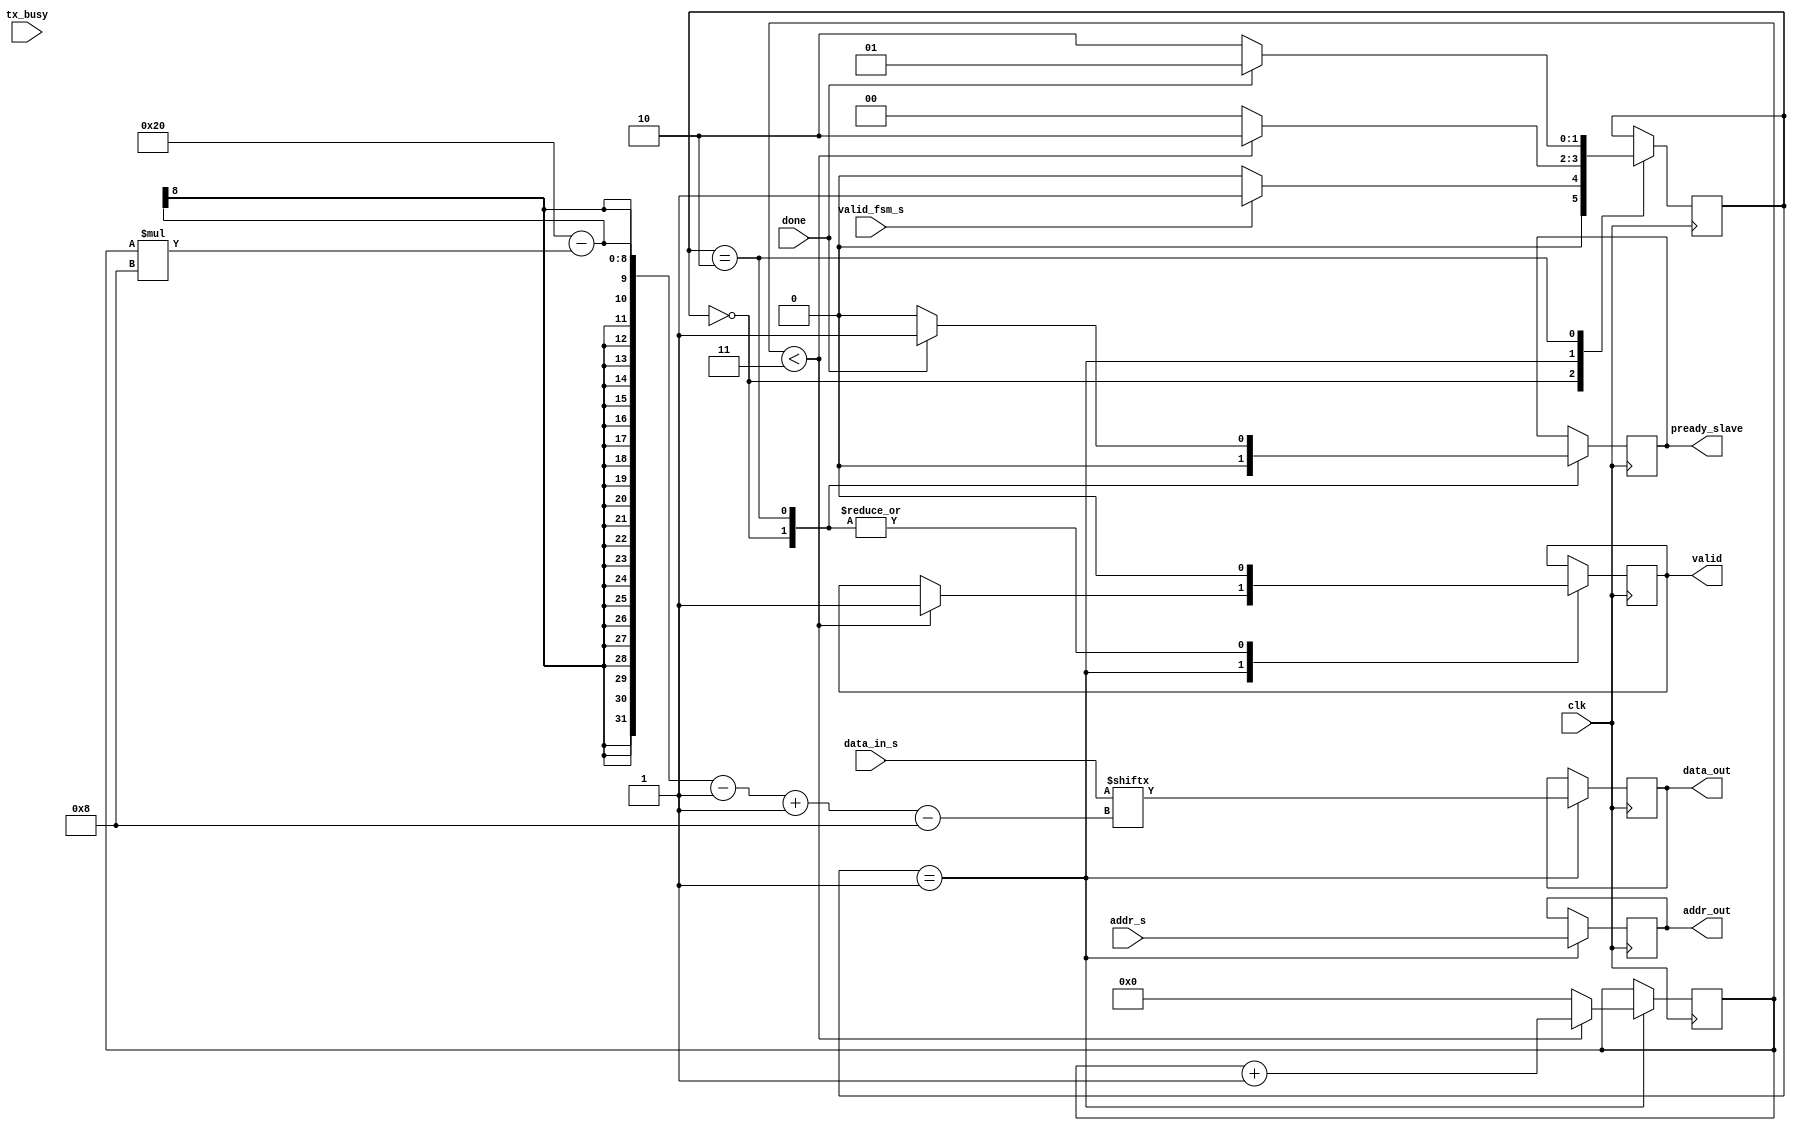

module connection_slave2_transmitter(
  input [31:0] data_in_s,
  input clk,
  input valid_fsm_s,
  input done,
  input tx_busy,
  input [31:0] addr_s,
  output reg valid = 0,
  output reg [7:0] data_out = 0,
  output reg pready_slave = 0,
  output reg [31:0] addr_out = 0
    );
   reg [3:0] counter = 0;
   
   reg [1:0] state = 0;
   
   reg r_check_last = 0;
   
    always @(posedge clk) begin
      case(state)
        //  0: begin
        //     valid <= 1'b0;
        //     //data_out <= 8'd0;
        //     pready_slave <= 1'b0;
        //     if (valid_fsm_s) begin
        //       valid <= 1'b1;
        //       addr_out <= addr_s;
        //       if(counter < 3)begin
        //         data_out <= data_in_s[32-(counter*8)-1 -:8];
        //         counter <= counter+1;
        //         state <= 0;
        //       end else begin
        //         data_out <= data_in_s[32-(counter*8)-1 -:8];
        //         r_check_last <= 1'b1;
        //         counter <= 0;
        //         state <= 1;
        //       end 
        //     end 
        //  end
        //  1: begin
        //     valid <= 0;      
        //     if (done) begin ///////(~tx_busy)
        //         if (r_check_last) begin
        //             state <= 2;
        //             pready_slave <= 1;
        //         end else
        //             state <= 0;
        //     end
        //  end
         
        //  2: begin
        //     r_check_last <= 0;
        //     state <= 0;
        //     pready_slave <= 0;
        //  end

        0: begin
          valid <= 1'b0;
          pready_slave <= 1'b0;
          if(valid_fsm_s) begin
            state <= 1;
          end
          else begin
            state <= 0;
          end
        end

        1: begin
          addr_out <= addr_s;
          if(counter < 3) begin
            data_out <= data_in_s[32-(counter*8)-1 -:8];
            counter <= counter+1; 
            valid <= 1'b1;
            state <= 2;
          end
          else begin
            data_out <= data_in_s[32-(counter*8)-1 -:8];
            counter <= 0; 
            state <= 0;
          end
        end

        2: begin
          valid <= 1'b0;
          if(done) begin
            pready_slave <= 1'b1;
            state <= 1;
          end
          else begin
            state <= 2;
            pready_slave <= 1'b0;
          end
        end

       endcase      
    end
endmodule